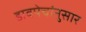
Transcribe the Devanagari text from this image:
डावपेचांनुसार